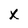
Character: X